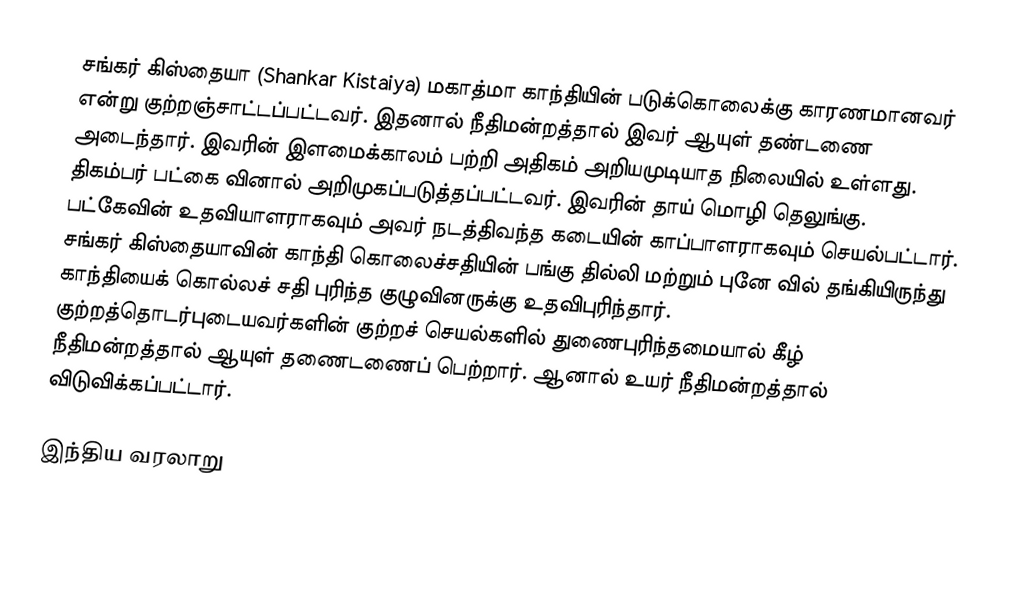
சங்கர் கிஸ்தையா (Shankar Kistaiya) மகாத்மா காந்தியின் படுக்கொலைக்கு காரணமானவர் என்று குற்றஞ்சாட்டப்பட்டவர். இதனால் நீதிமன்றத்தால் இவர் ஆயுள் தண்டணை அடைந்தார். இவரின் இளமைக்காலம் பற்றி  அதிகம் அறியமுடியாத நிலையில் உள்ளது. திகம்பர் பட்கை வினால் அறிமுகப்படுத்தப்பட்டவர். இவரின் தாய் மொழி தெலுங்கு. பட்கேவின் உதவியாளராகவும் அவர் நடத்திவந்த கடையின் காப்பாளராகவும் செயல்பட்டார். சங்கர் கிஸ்தையாவின் காந்தி கொலைச்சதியின் பங்கு தில்லி மற்றும் புனே வில் தங்கியிருந்து காந்தியைக் கொல்லச் சதி புரிந்த குழுவினருக்கு உதவிபுரிந்தார். குற்றத்தொடர்புடையவர்களின் குற்றச் செயல்களில் துணைபுரிந்தமையால் கீழ் நீதிமன்றத்தால் ஆயுள் தணைடணைப் பெற்றார். ஆனால் உயர் நீதிமன்றத்தால் விடுவிக்கப்பட்டார்.

இந்திய வரலாறு